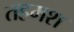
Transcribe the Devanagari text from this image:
तहमश